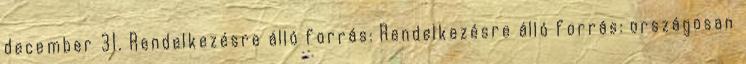
december 31. Rendelkezésre álló forrás: Rendelkezésre álló forrás: országosan